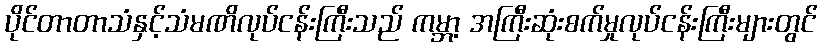
ပိုင်တာတာသံနှင့်သံမဏိလုပ်ငန်းကြီးသည် ကမ္ဘာ့ အကြီးဆုံးစက်မှုလုပ်ငန်းကြီးများတွင်